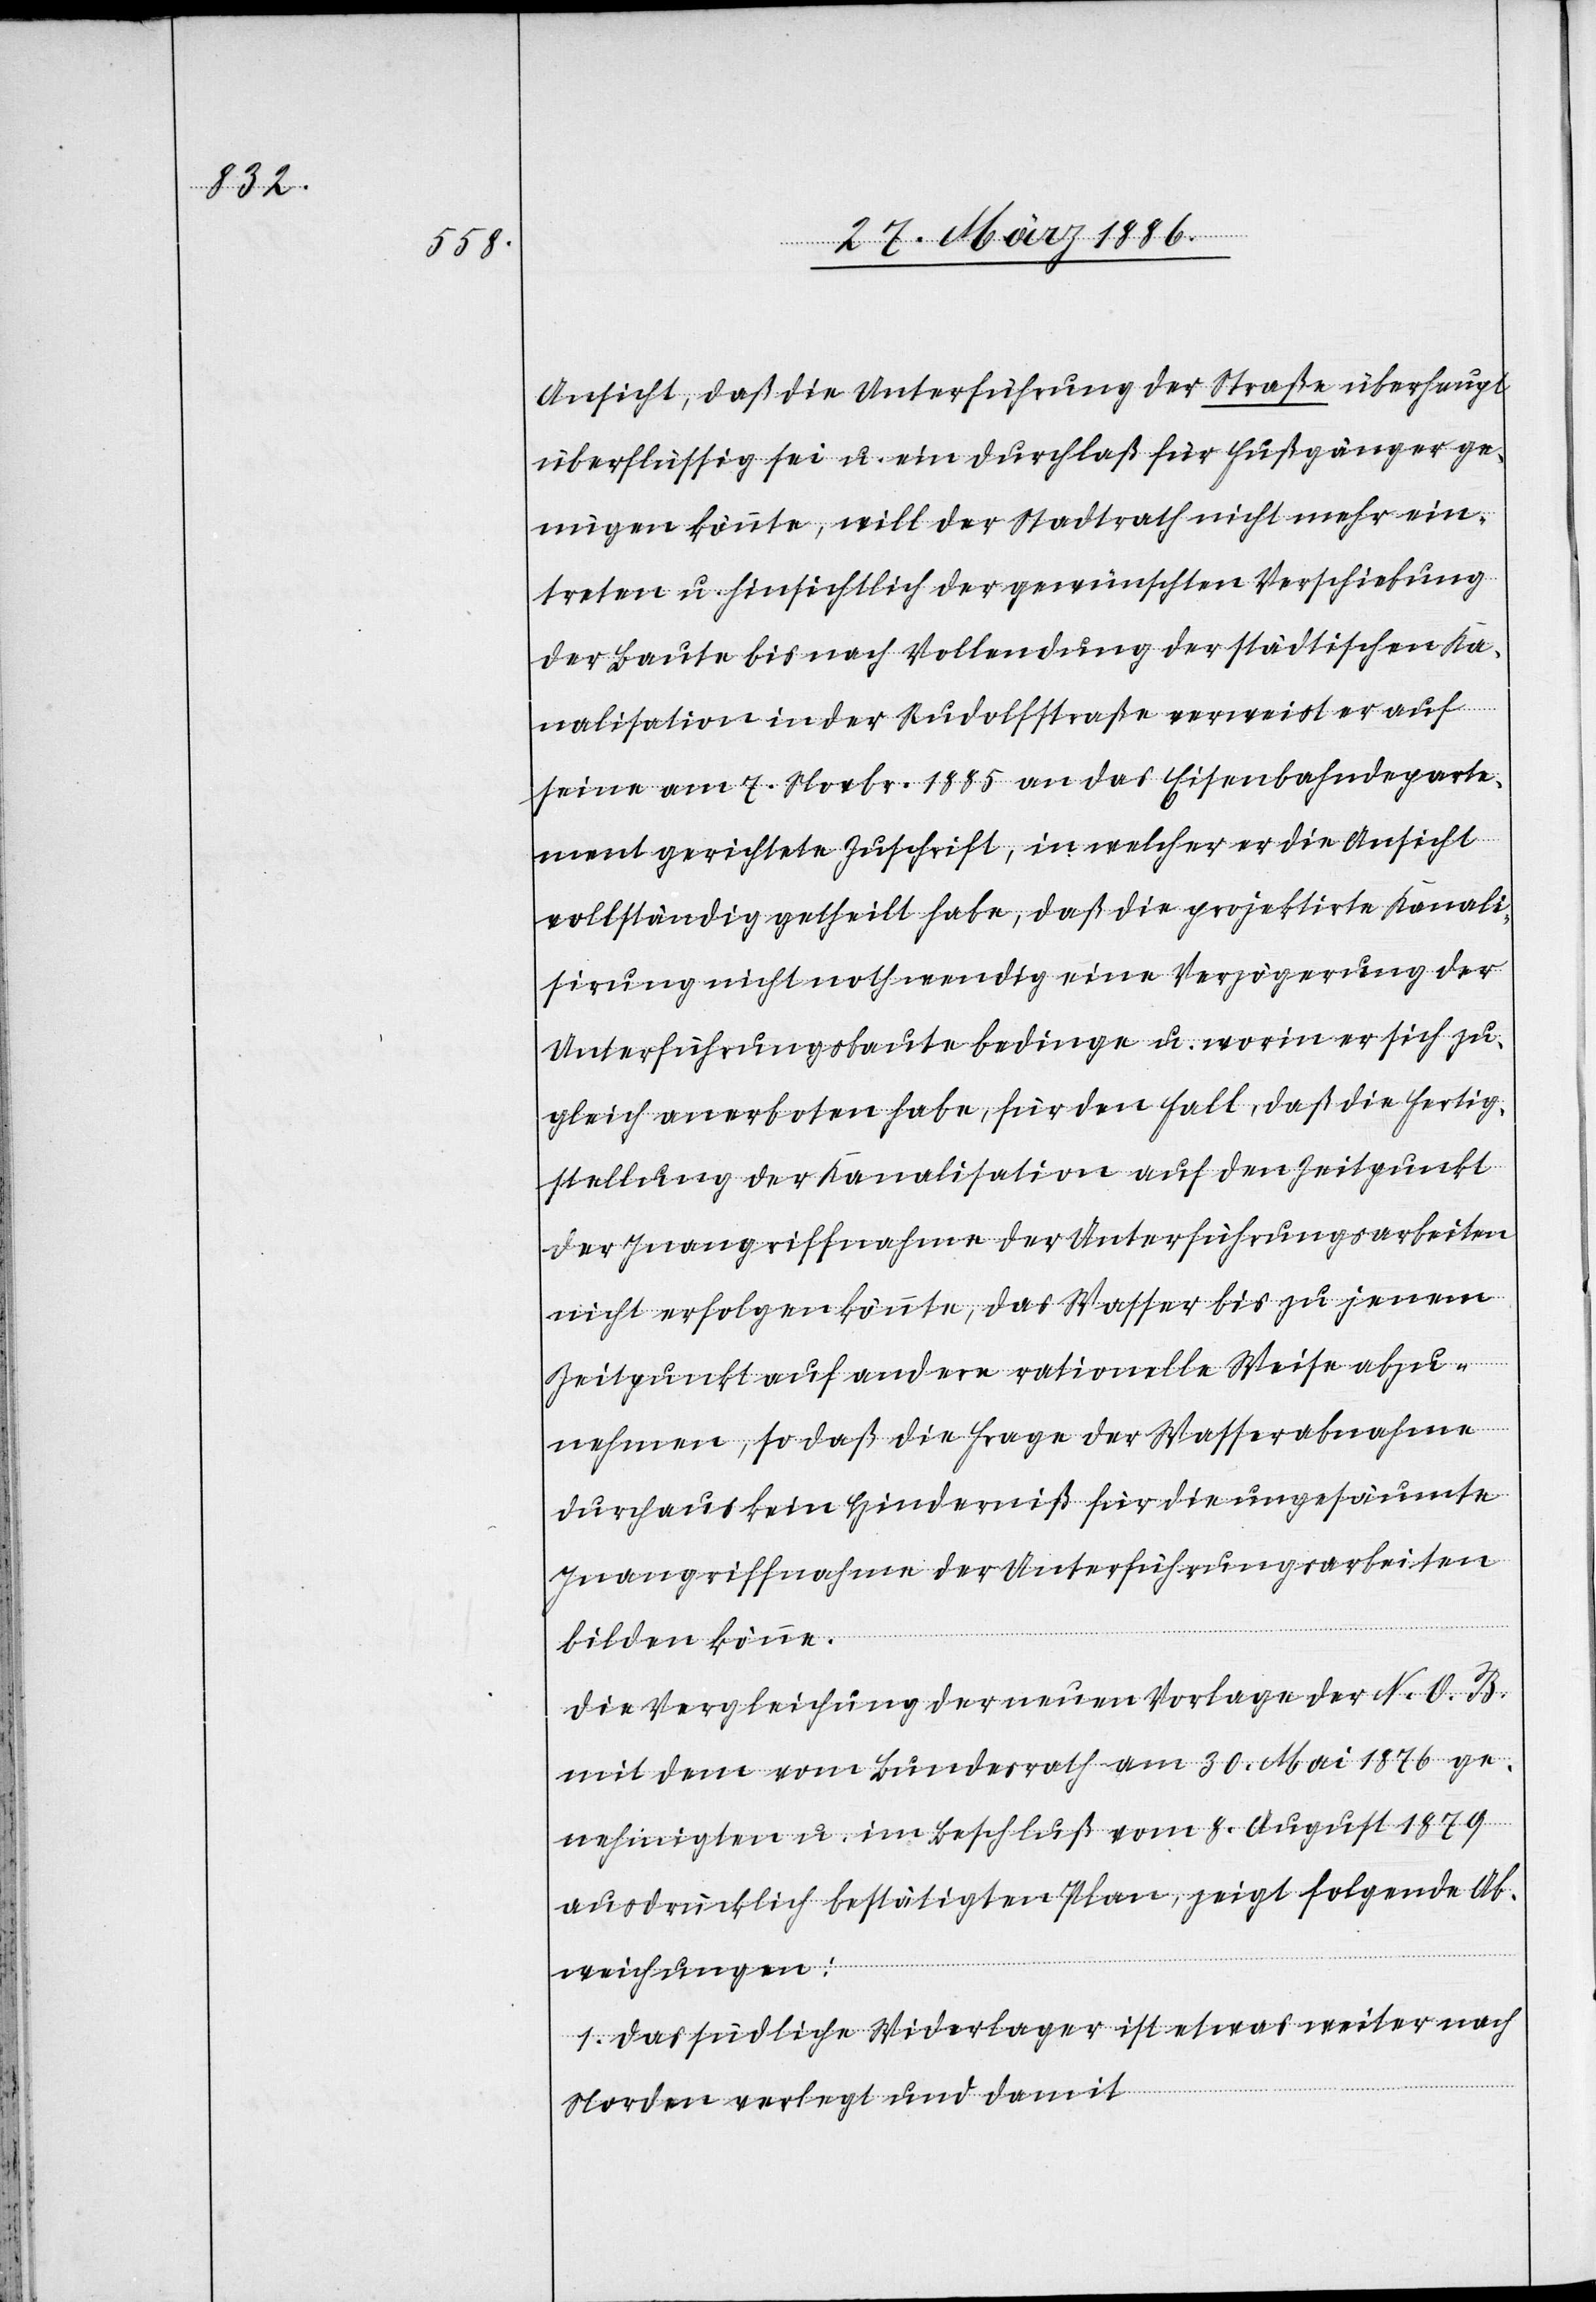
Ansicht, daß die Unterführung der Straße überhaupt
überflüssig sei u. ein Durchlaß für Fußgänger ge¬
nügen könnte, will der Stadtrath nicht mehr ein¬
treten u. hinsichtlich der gewünschten Verschiebung
der Baute bis nach Vollendung der städtischen Ka¬
nalisation in der Rudolfstraße verweist er auf
seine am 7. Novbr. 1885 an das Eisenbahndeparte¬
ment gerichtete Zuschrift, in welcher er die Ansicht
vollständig getheilt habe, daß die projektierte Kanali¬
sierung nicht nothwendig eine Verzögerung der
Unterführungsbaute bedinge u. worin er sich zu¬
gleich anerboten habe, für den Fall, daß die Fertig¬
stellung der Kanalisation auf den Zeitpunkt
der Inangriffnahme der Unterführungsarbeiten
nicht erfolgen könnte, das Wasser bis zu jenem
Zeitpunkt auf andere rationelle Weise abzu¬
nehmen, so daß die Frage der Wasserabnahme
durchaus kein Hinderniß für die ungesäumte
Inangriffnahme der Unterführungsarbeiten
bilden könne.
Die Vergleichung der neuen Vorlage der N. O. B.
mit dem vom Bundesrath am 30. Mai 1879
ausdrücklich bestätigten Plan, zeigt folgende Ab¬
weichungen:
1. Das südliche Widerlager ist etwas weiter nach
Norden verlegt und damit